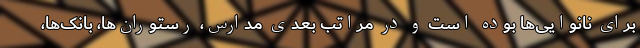
برای نانوایی‌ها بوده است و در مراتب بعدی مدارس، رستوران‌ها، بانک‌ها،